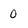
Character: 0